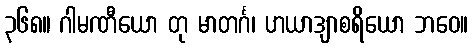
၃၆၈။ ဂါမဏီယော တု မာတင်္ဂ၊ ဟယာဒျာစရိယော ဘဝေ။